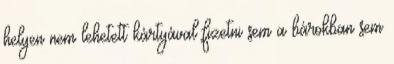
helyen nem lehetett kártyával fizetni sem a bárokban sem